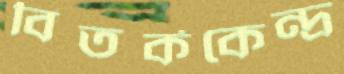
বিতর্ককেন্দ্র